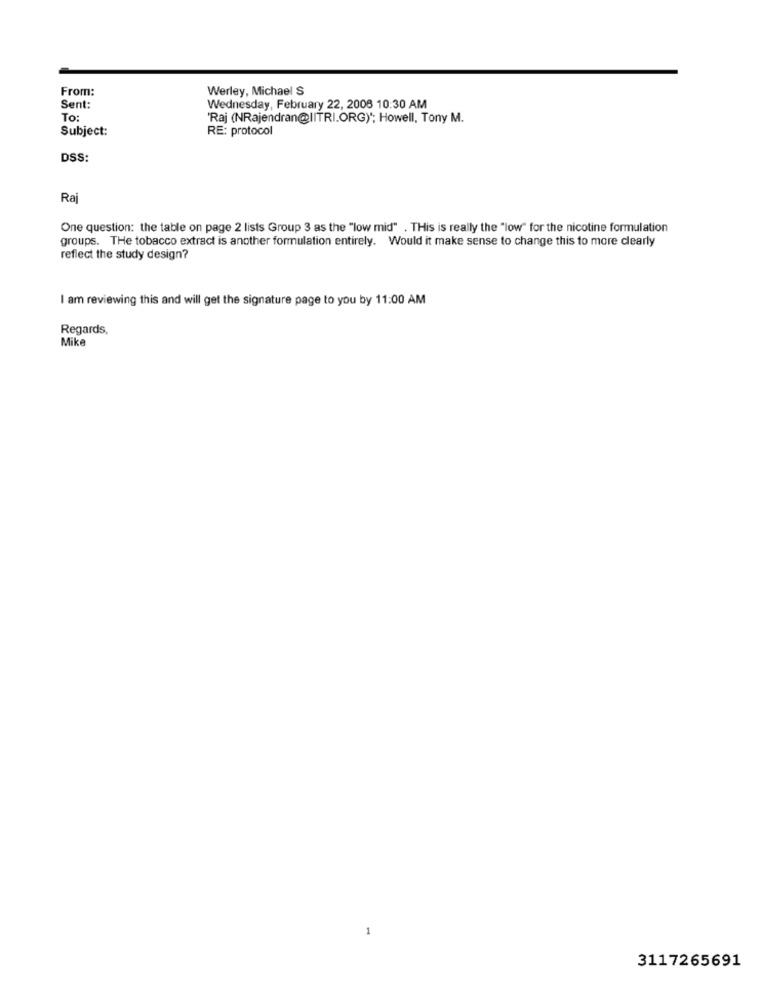
From:
Werley, Michael S
Sent:
Wednesday, February 22, 2006 10:30 AM
To:
'Raj (NRajendran@IITRI.ORG) *; Howell, Tony M.
Subject:
RE: protocol
DSS:
Raj
One question: the table on page 2 lists Group 3 as the "low mid" . THis is really the "low" for the nicotine formulation
groups. THe tobacco extract is another formulation entirely. Would it make sense to change this to more clearly
reflect the study design?
I am reviewing this and will get the signature page to you by 11:00 AM
Regards,
Mike
3117265691